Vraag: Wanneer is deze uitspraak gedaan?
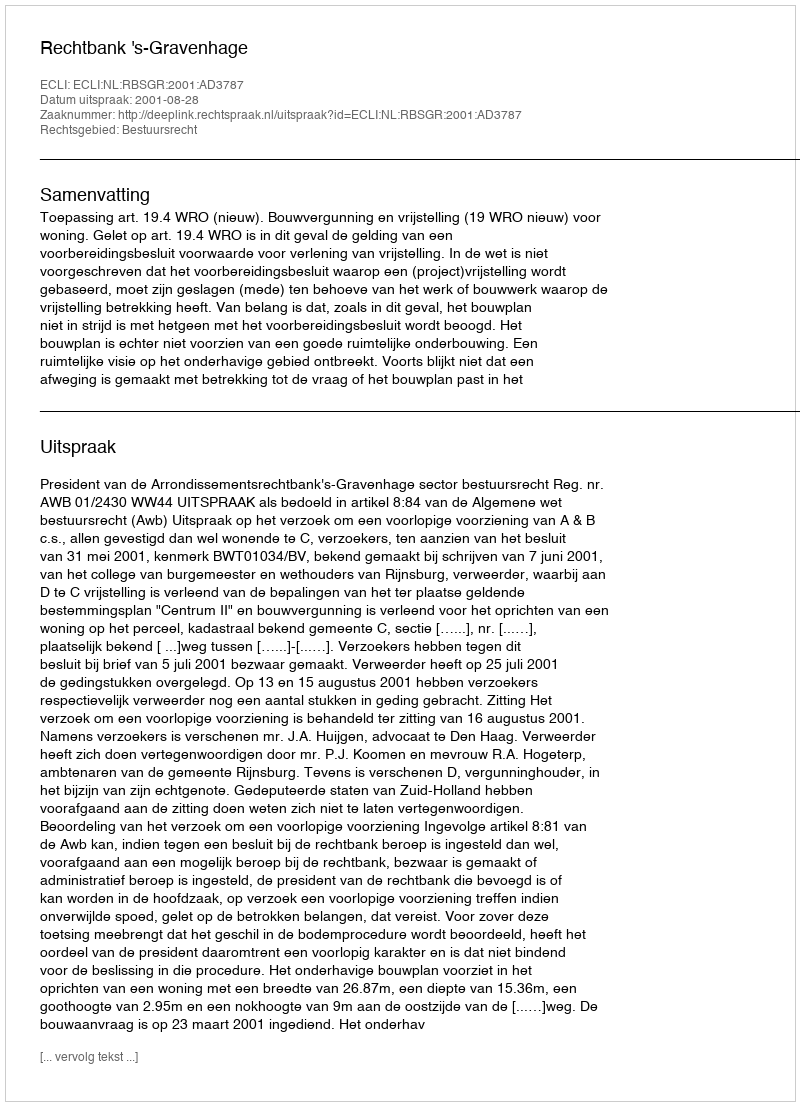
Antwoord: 2001-08-28